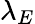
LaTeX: \lambda_{E}